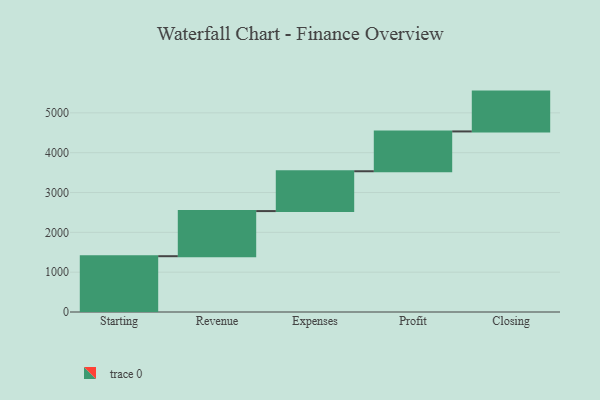
{"axis": {"x": "Step", "y": "Value"}, "legend": [""], "data": [{"x": "Starting", "y": 1401.0, "type": ""}, {"x": "Revenue", "y": 1133.0, "type": ""}, {"x": "Expenses", "y": 1000, "type": ""}, {"x": "Profit", "y": 1000, "type": ""}, {"x": "Closing", "y": 1000, "type": ""}]}